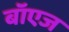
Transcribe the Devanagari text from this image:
बॉएज